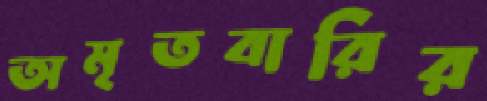
অমৃতবারির